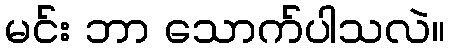
မင်း ဘာ သောက်ပါသလဲ။